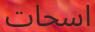
اسحات